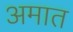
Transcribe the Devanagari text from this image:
अमात